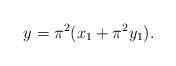
LaTeX: \begin{align*} y = \pi^2(x_1 + \pi^2 y_1). \end{align*}